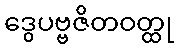
ဒွေပဗ္ဗဇိတဝတ္ထု